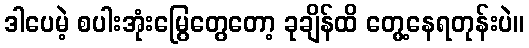
ဒါပေမဲ့ စပါးအုံးမြွေတွေတော့ ခုချိန်ထိ တွေ့နေရတုန်းပဲ။